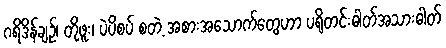
ဂရိဒိန်ချဉ်၊ တိုဖူး၊ ပဲပိစပ် စတဲ့ အစားအသောက်တွေဟာ ပရိုတင်းဓါတ်အသားဓါတ်